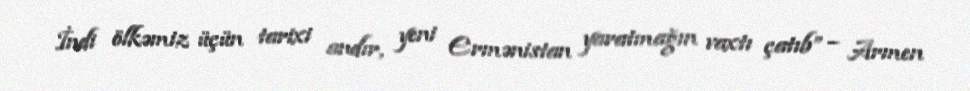
İndi ölkəmiz üçün tarixi andır, yeni Ermənistan yaratmağın vaxtı çatıb” – Armen